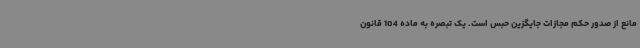
مانع از صدور حکم مجازات جایگزین حبس است. یک تبصره به ماده 104 قانون